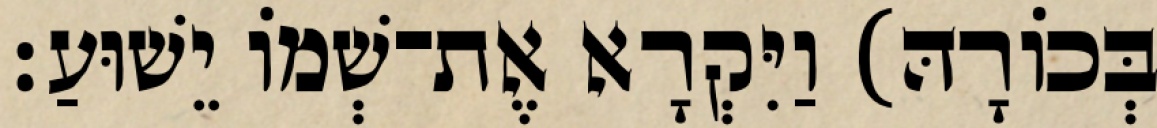
בְּכוֹרָהּ) וַיִּקְרָא אֶת־שְׁמוֹ יֵשׁוּעַ׃